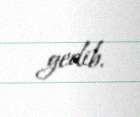
gedib.